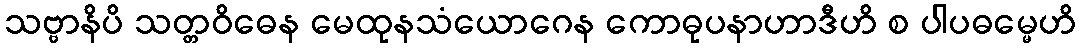
သဗ္ဗာနိပိ သတ္တဝိဓေန မေထုနသံယောဂေန ကောဓုပနာဟာဒီဟိ စ ပါပဓမ္မေဟိ